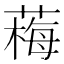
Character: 䔦